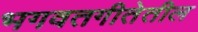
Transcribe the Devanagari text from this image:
भगवतगीतेतील